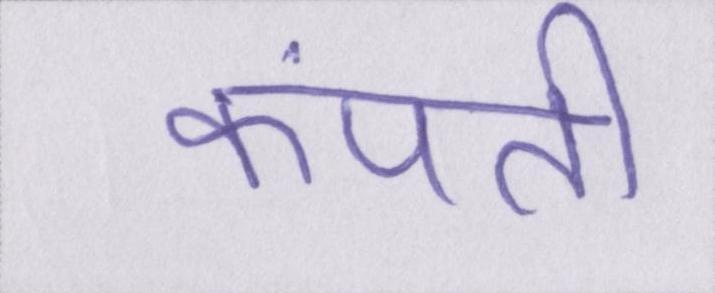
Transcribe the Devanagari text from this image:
कंपती